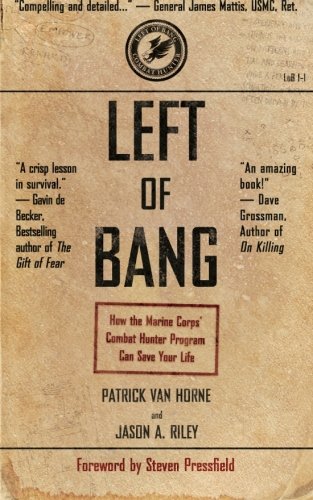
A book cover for Left of Bang: How the Marine Corps' Combat Hunter Program Can Save Your Life; Patrick Van Horne; Health, Fitness & Dieting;